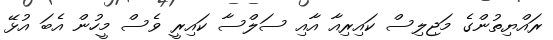
ރައްޔިތުންގެ މަޖިލިސް ކައިރިއާ އާއި ސަލްސާ ކައިރީ ވެސް މީހުން އެބަ އުޅޭ